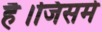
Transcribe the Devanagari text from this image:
है।जिसमे